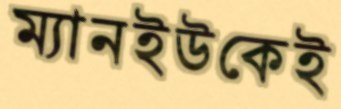
ম্যানইউকেই